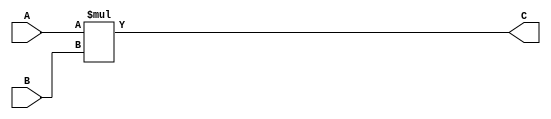
module karatsuba_5(A,B,C);
    // base module
    input wire[5:0] A,B;
    output wire[10:0] C;
    assign C = A*B;
endmodule


module karatsuba_10(A,B,C);
    input wire[10:0] A,B;
    output wire[20:0] C;

    wire[5:0] Al, Bl;
    wire[5:0] Ah, Bh;

    assign {Al, Bl, Ah, Bh} = {{{1'b0},A[4:0]}, {{1'b0},B[4:0]}, A[10:5], B[10:5]};

    wire[5:0] Al_plus_Ah,Bl_plus_Bh; 

    assign Al_plus_Ah = Al ^ Ah;
    assign Bl_plus_Bh = Bl ^ Bh;

    wire[10:0] c1,c2,c3, temp;

    karatsuba_5 k1(Al,Bl,c1);  // c1 is Al*Bl
    karatsuba_5 k2(Ah,Bh,c2);  // c2 is Ah*Bh
    karatsuba_5 k3(Al_plus_Ah,Bl_plus_Bh,c3);  // c3 is the other one

    wire[20:0] low, mid, high;

    assign temp = c3 ^ c2 ^ c1;
    assign low = {{10{1'b0}}, c1}; 
    assign mid = {{5{1'b0}}, temp, {5{1'b0}}}; 
    assign high = {c2, {10{1'b0}}}; 

    assign C = low ^ mid ^ high;

endmodule



module karatsuba_20(A,B,C);
    input wire[20:0] A,B;
    output wire[40:0] C;

    wire[10:0] Al, Bl;
    wire[10:0] Ah, Bh;

    assign {Al, Bl, Ah, Bh} = {{{1'b0},A[9:0]}, {{1'b0},B[9:0]}, A[20:10], B[20:10]};

    wire[10:0] Al_plus_Ah,Bl_plus_Bh; 

    assign Al_plus_Ah = Al ^ Ah;
    assign Bl_plus_Bh = Bl ^ Bh;

    wire[20:0] c1,c2,c3, temp;

    karatsuba_10 k1(Al,Bl,c1);  // c1 is Al*Bl
    karatsuba_10 k2(Ah,Bh,c2);  // c2 is Ah*Bh
    karatsuba_10 k3(Al_plus_Ah,Bl_plus_Bh,c3);  // c3 is the other one

    wire[40:0] low, mid, high;

    assign temp = c3 ^ c2 ^ c1;
    assign low = {{20{1'b0}}, c1}; 
    assign mid = {{10{1'b0}}, temp, {10{1'b0}}}; 
    assign high = {c2, {20{1'b0}}}; 

    assign C = low ^ mid ^ high;

endmodule




module karatsuba_40(A,B,C);
    input wire[40:0] A,B;
    output wire[80:0] C;

    wire[20:0] Al, Bl;
    wire[20:0] Ah, Bh;

    assign {Al, Bl, Ah, Bh} = {{{1'b0},A[19:0]}, {{1'b0},B[19:0]}, A[40:20], B[40:20]};

    wire[20:0] Al_plus_Ah,Bl_plus_Bh; 

    assign Al_plus_Ah = Al ^ Ah;
    assign Bl_plus_Bh = Bl ^ Bh;

    wire[40:0] c1,c2,c3, temp;

    karatsuba_20 k1(Al,Bl,c1);  // c1 is Al*Bl
    karatsuba_20 k2(Ah,Bh,c2);  // c2 is Ah*Bh
    karatsuba_20 k3(Al_plus_Ah,Bl_plus_Bh,c3);  // c3 is the other one

    wire[80:0] low, mid, high;

    assign temp = c3 ^ c2 ^ c1;
    assign low = {{40{1'b0}}, c1}; 
    assign mid = {{20{1'b0}}, temp, {20{1'b0}}}; 
    assign high = {c2, {40{1'b0}}}; 

    assign C = low ^ mid ^ high;

endmodule



module karatsuba_81(A,B,C);
    input wire[81:0] A,B;
    output wire[162:0] C;

    wire[40:0] Al, Bl;
    wire[40:0] Ah, Bh;

    assign {Al, Bl, Ah, Bh} = {A[40:0], B[40:0], {A[81:41]}, {B[81:41]}};

    wire[40:0] Al_plus_Ah,Bl_plus_Bh; 

    assign Al_plus_Ah = Al ^ Ah;
    assign Bl_plus_Bh = Bl ^ Bh;

    wire[80:0] c1,c2,c3, temp;

    karatsuba_40 k1(Al,Bl,c1);  // c1 is Al*Bl
    karatsuba_40 k2(Ah,Bh,c2);  // c2 is Ah*Bh
    karatsuba_40 k3(Al_plus_Ah,Bl_plus_Bh,c3);  // c3 is the other one

    wire[162:0] low, mid, high;

    assign temp = c3 ^ c2 ^ c1;
    assign low = {{82{1'b0}}, c1}; 
    assign mid = {{41{1'b0}}, temp, {41{1'b0}}}; 
    assign high = {c2, {82{1'b0}}}; 

    assign C = low ^ mid ^ high;

endmodule


module karatsuba_162(A,B,C);
    input wire[162:0] A,B;
    output wire[324:0] C;

    wire[81:0] Al, Bl;
    wire[81:0] Ah, Bh;

    assign {Al, Bl, Ah, Bh} = {A[81:0], B[81:0], {{1'b0}, A[162:82]}, {{1'b0}, B[162:82]}};

    wire[81:0] Al_plus_Ah,Bl_plus_Bh; 

    assign Al_plus_Ah = Al ^ Ah;
    assign Bl_plus_Bh = Bl ^ Bh;

    wire[162:0] c1,c2,c3, temp;

    karatsuba_81 k1(Al,Bl,c1);  // c1 is Al*Bl
    karatsuba_81 k2(Ah,Bh,c2);  // c2 is Ah*Bh
    karatsuba_81 k3(Al_plus_Ah,Bl_plus_Bh,c3);  // c3 is the other one

    wire[324:0] low, mid, high;

    assign temp = c3 ^ c2 ^ c1;
    assign low = {{162{1'b0}}, c1}; 
    assign mid = {{80{1'b0}}, temp, {82{1'b0}}}; 
    assign high = {c2, {164{1'b0}}}; 

    assign C = low ^ mid ^ high;

endmodule


module Kartsuba_Multiplier(A,B,C,P);
    input wire[162:0] A,B,P;
    output wire[162:0] C;

    wire[324:0] karatsuba_out;
    karatsuba_162 k(A,B,karatsuba_out);

    assign C = karatsuba_out;
endmodule